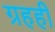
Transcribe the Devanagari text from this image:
ग्रहही